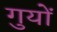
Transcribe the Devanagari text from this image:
गुयों